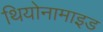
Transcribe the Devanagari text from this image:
थियोनामाइड